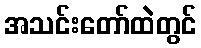
အသင်းတော်ထဲတွင်